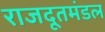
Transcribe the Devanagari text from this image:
राजदूतमंडल